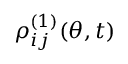
\rho _ { i j } ^ { ( 1 ) } ( \theta , t )